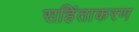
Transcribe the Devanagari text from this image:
सहिंताकरण